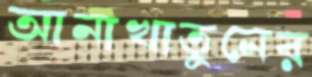
আনাখাতুনের